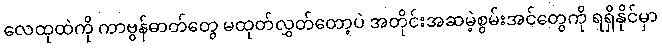
လေထုထဲကို ကာဗွန်ဓာတ်တွေ မထုတ်လွှတ်တော့ပဲ အတိုင်းအဆမဲ့စွမ်းအင်တွေကို ရရှိနိုင်မှာ